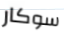
سوكار